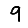
Digit: 9